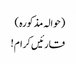
(حوالہ مذکورہ )
قارئیں کرام !